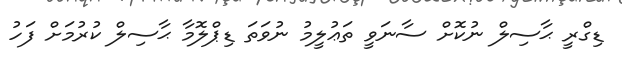
ޑިގްރީ ޙާސިލް ނުކޮށް ސާނަވީ ތަޢުލީމު ނުވަތަ ޑިޕްލޮމާ ޙާސިލް ކުރުމަށް ފަހު